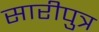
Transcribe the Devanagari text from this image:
सारीपुत्र